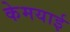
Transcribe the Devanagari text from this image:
केमयाई